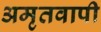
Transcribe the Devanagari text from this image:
अमृतवापी